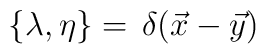
\{ \lambda , \eta \} =  \,\delta(\vec x - \vec y)